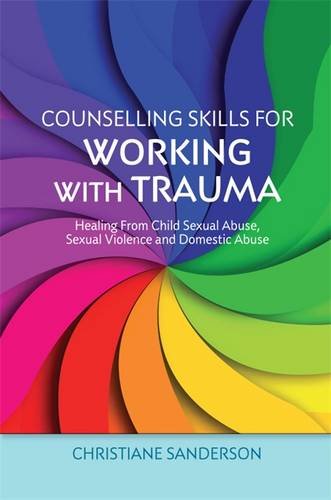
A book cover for Counselling Skills for Working with Trauma: Healing From Child Sexual Abuse, Sexual Violence and Domestic Abuse (Essential Skills for Counselling); Christiane Sanderson; Politics & Social Sciences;